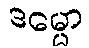
ဒမ္မော